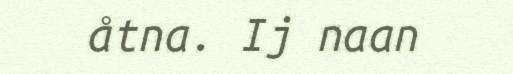
åtna. Ij naan